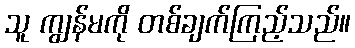
သူ ကျွန်မကို တစ်ချက်ကြည့်သည်။